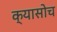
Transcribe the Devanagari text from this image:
क्यासोच